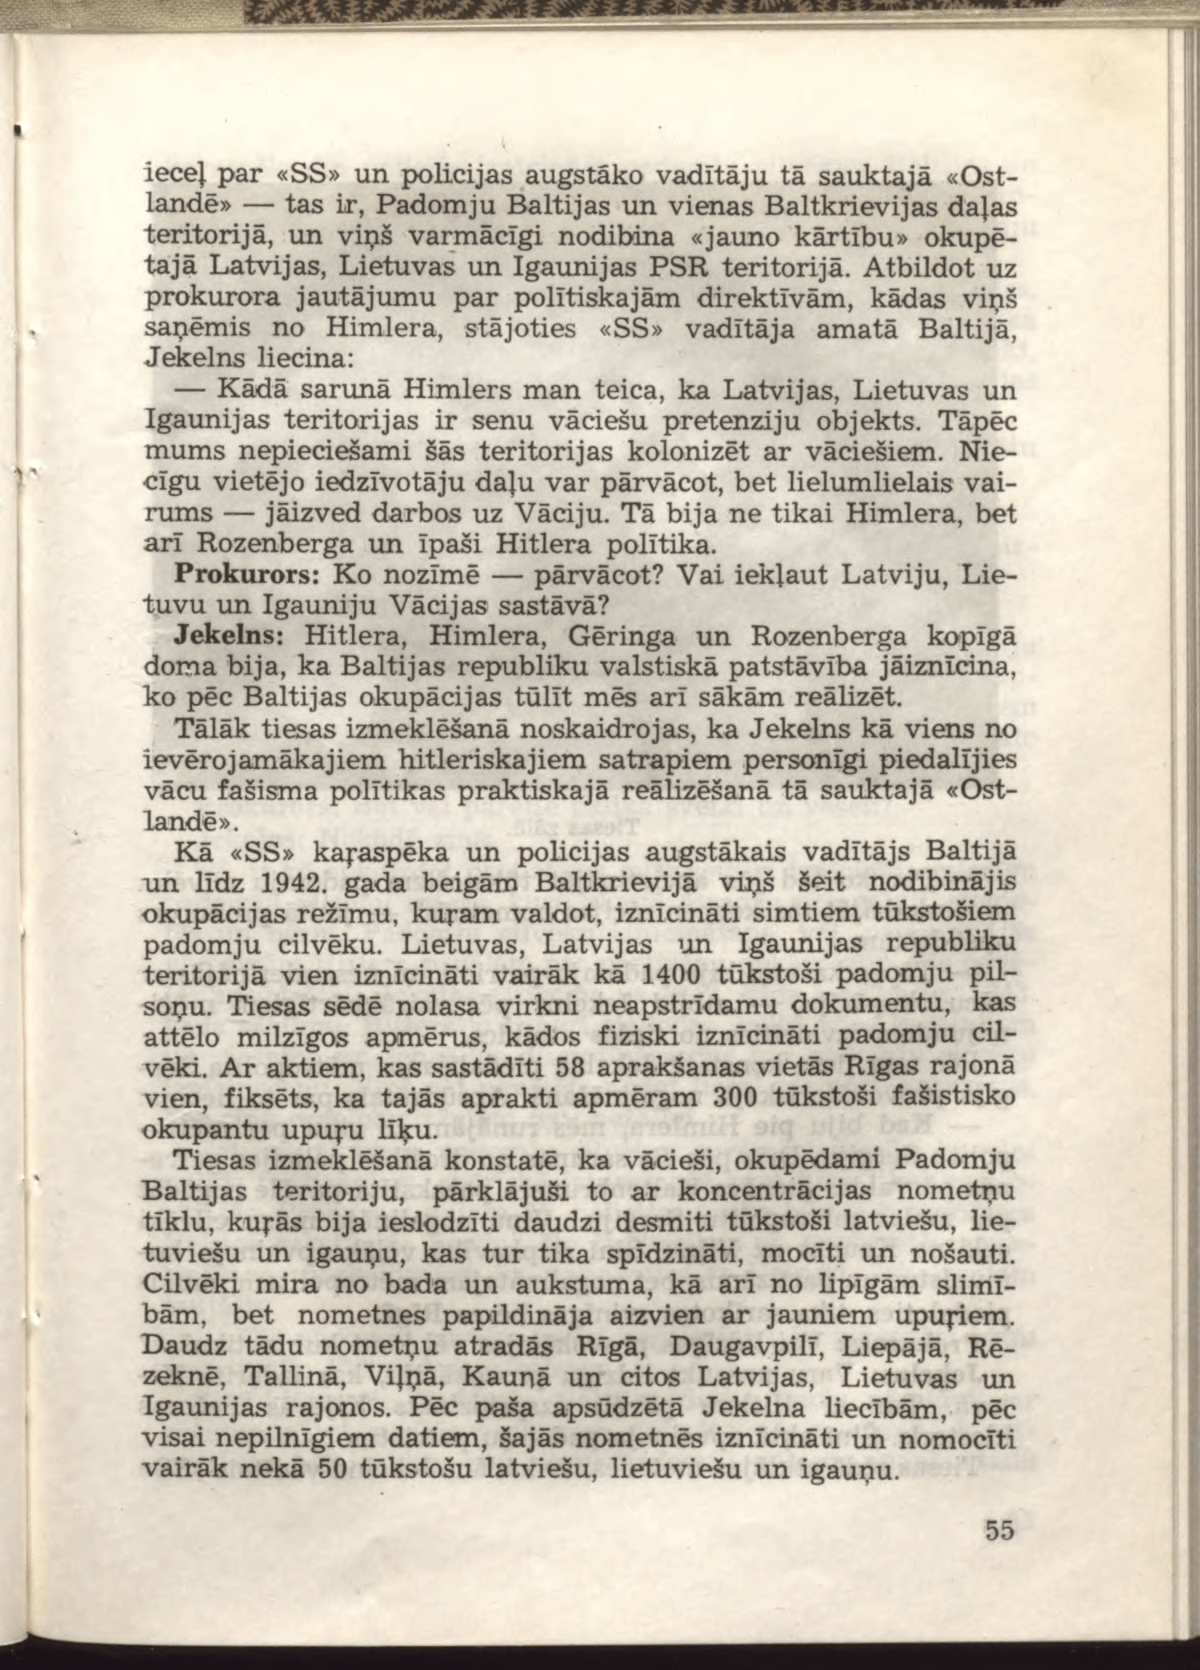
Language: lv